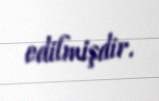
edilmişdir.